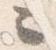
々